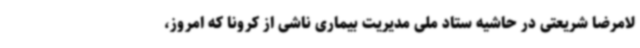
لامرضا شریعتی در حاشیه ستاد ملی مدیریت بیماری ناشی از کرونا که امروز،